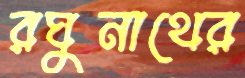
রঘুনাথের